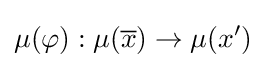
\mu (\varphi ):\mu ({\overline {x}})\to \mu (x')